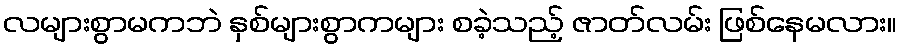
လများစွာမကဘဲ နှစ်များစွာကများ စခဲ့သည့် ဇာတ်လမ်း ဖြစ်နေမလား။